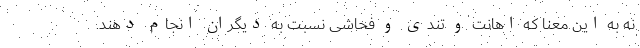
نه به این معنا که اهانت و تندی و فحاشی نسبت به دیگران انجام دهند.